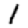
Digit: 1